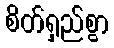
စိတ်ရှည်စွာ